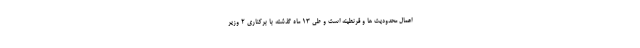
اعمال محدودیت ها و قرنطینه است و طی 13 ماه گذشته با برکناری 2 وزیر